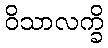
ဝိသာလက္ခိ